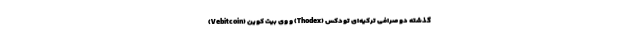
گذشته دو صرافی ترکیه‌ای تودکس (Thodex) و وی بیت کوین (Vebitcoin)